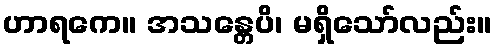
ဟာရကေ။ အသန္တေပိ၊ မရှိသော်လည်း။